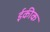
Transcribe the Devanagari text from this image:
ईकीक